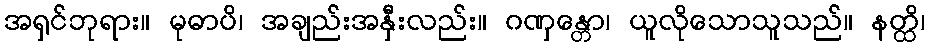
အရှင်ဘုရား။ မုဓာပိ၊ အချည်းအနှီးလည်း။ ဂဏှန္တော၊ ယူလိုသောသူသည်။ နတ္ထိ၊